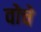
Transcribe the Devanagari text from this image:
वोचे